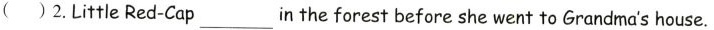
( )2.Little Red-Cap ___ in the forest before she went to Grandma's house.